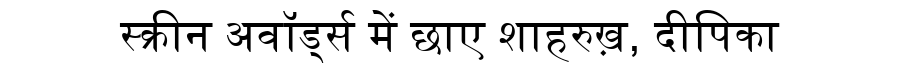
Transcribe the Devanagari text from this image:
स्क्रीन अवॉर्ड्स में छाए शाहरुख़, दीपिका